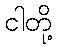
ငါတို့